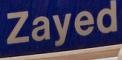
zayed